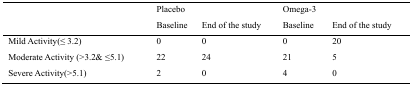
<table><thead><tr><td></td><td colspan="2"><b>Placebo</b></td><td colspan="2"><b>Omega-3</b></td></tr><tr><td></td><td><b>Baseline</b></td><td><b>End of the study</b></td><td><b>Baseline</b></td><td><b>End of the study</b></td></tr></thead><tbody><tr><td>Mild Activity(≤ 3.2)</td><td>0</td><td>0</td><td>0</td><td>20</td></tr><tr><td>Moderate Activity (&gt;3.2&amp; ≤5.1)</td><td>22</td><td>24</td><td>21</td><td>5</td></tr><tr><td>Severe Activity(&gt;5.1)</td><td>2</td><td>0</td><td>4</td><td>0</td></tr></tbody></table>